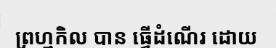
ព្រហ្មកិល បាន ធ្វើដំណើរ ដោយ